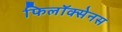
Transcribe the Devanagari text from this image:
फिलॉक्सेनस